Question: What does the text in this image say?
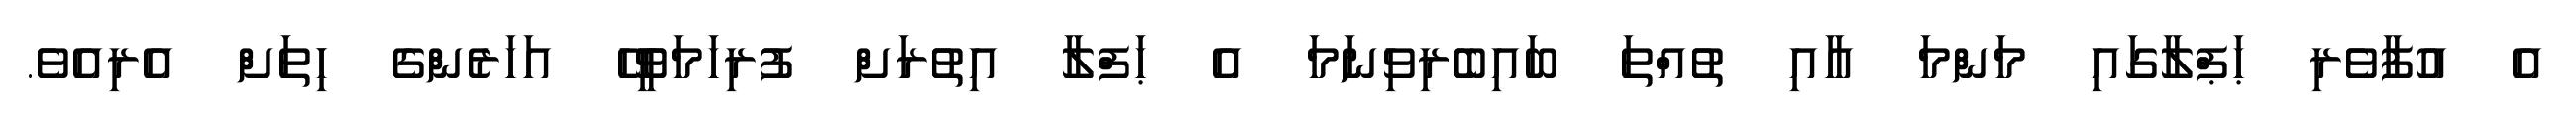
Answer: އެ އުފާވެރި ޙަޕްލާގައި މަންމަ އާއި ތުއްތަ ބައިބެރިވިނަމަ އެ ޙަފްލާ އިތުރަށް ފުރިހަމަވީހޭ އަހަރެންގެ ހިތަށް އެރިއެވެ.